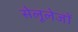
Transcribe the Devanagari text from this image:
सेलूलेजों